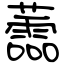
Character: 蘦